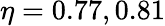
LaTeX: \eta=0.77,0.81